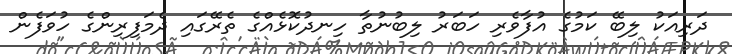
ދަރިއަކު ލިބޭ ކަމުގެ އުފާވެރި ހަބަރު ލިބުނުތާ ހިނދުކޮޅެއްގެ ތެރޭގައި ދެމަފިރިންގެ ހުވަފެން